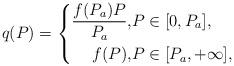
LaTeX: \begin{align*}q(P) = \left\{\begin{aligned}\frac{f(P_a)P}{P_a}, &P \in [0,P_a], \\f(P), & P \in [P_a, +\infty],\end{aligned}\right.\end{align*}